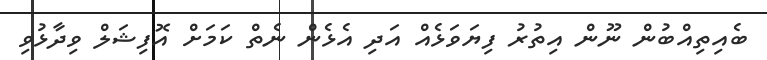
ބެއިތިއްބުން ނޫން އިތުރު ފިޔަވަޅެއް އަދި އެޅެން ނެތް ކަމަށް އޮފިޝަލް ވިދާޅުވި